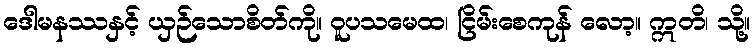
ဒေါမနဿနှင့် ယှဉ်သောစိတ်ကို။ ဝူပသမေထ၊ ငြိမ်းစေကုန် လော့။ ဣတိ၊ သို့။